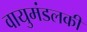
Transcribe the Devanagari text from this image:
वायुमंडलकी